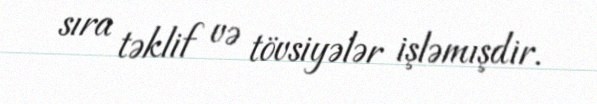
sıra təklif və tövsiyələr işləmışdir.